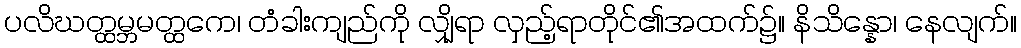
ပလိဃတ္ထမ္ဘမတ္ထကေ၊ တံခါးကျည်ကို လျှိုရာ လှည့်ရာတိုင်၏အထက်၌။ နိသိန္နော၊ နေလျက်။